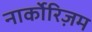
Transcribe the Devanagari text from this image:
नार्कोरिज़म